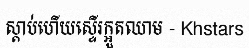
ស្តាប់ហើយស្ទើរក្អួតឈាម - Khstars